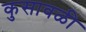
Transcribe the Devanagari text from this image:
कुसावळी